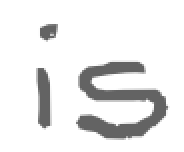
Text: is
Cross-out: clean
Writing tool: digital_gray